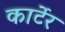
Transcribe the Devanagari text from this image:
कार्टेर